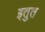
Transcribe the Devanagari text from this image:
इतुत